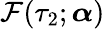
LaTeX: \mathcal{F}(\tau_{2};\boldsymbol{\alpha})